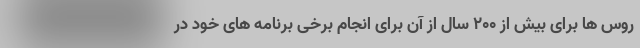
روس ها برای بیش از 200 سال از آن برای انجام برخی برنامه های خود در